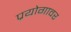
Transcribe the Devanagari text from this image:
प्रयोगावर